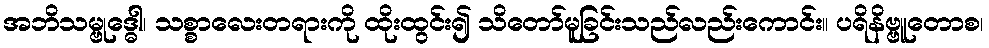
အဘိသမ္ဗုဒ္ဓေါ၊ သစ္စာလေးတရားကို ထိုးထွင်း၍ သိတော်မူခြင်းသည်လည်းကောင်း။ ပရိနိဗ္ဗူတောစ၊